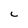
Character: C